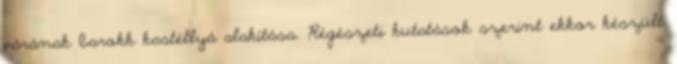
várának barokk kastéllyá alakítása. Régészeti kutatások szerint ekkor készült